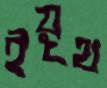
ইয়ূথ